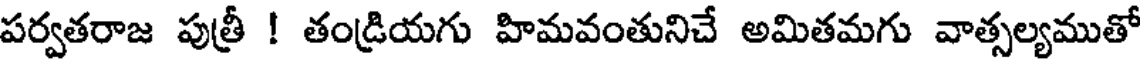
పర్వతరాజ పుత్రీ ! తండ్రియగు హిమవంతునిచే అమితమగు వాత్సల్యముతో